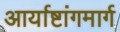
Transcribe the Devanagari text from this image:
आर्याष्टांगमार्ग